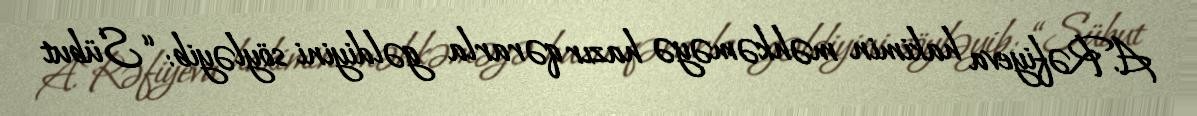
A.Rəfiyeva hakimin məhkəməyə hazır qərarla gəldiyini söyləyib: “Sübut